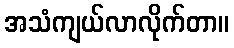
အသံကျယ်လာလိုက်တာ။